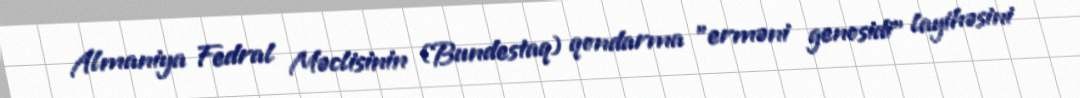
Almaniya Fedral Məclisinin (Bundestaq) qondarma "erməni genosidi" layihəsini